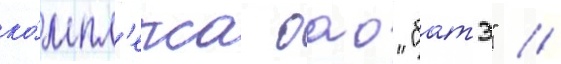
ко́мпл'екса оао "батэ" //